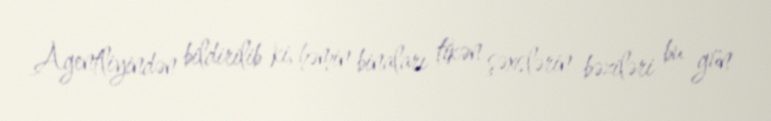
Agentliyindən bildirilib ki, həmin binaları tikən şəxslərin bəziləri bu gün